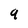
Character: 9